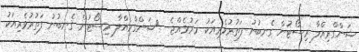
ޝަންގްރިއްލާ ރިސޯޓުން ގެނބުނު ފަތުރުވެރިއަކު މަރުވެއްޖެ  	ޝަންގްރިއްލާ ރިސޯޓުން ގެނބުނު ފަތުރުވެރިއަކު